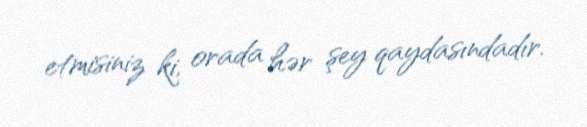
etmisiniz ki, orada hər şey qaydasındadır.